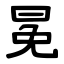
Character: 冕